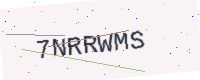
Text: 7NRRWMS